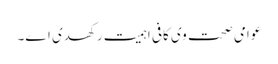
عوامی صحت وی کافی اہمیت رکھدی ا‏‏ے۔